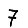
Digit: 7